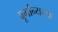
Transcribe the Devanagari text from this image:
बूर्गान्यच्या